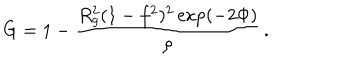
G = 1 - \frac { R _ { g } ^ { 2 } ( 1 - f ^ { 2 } ) ^ { 2 } \exp ( - 2 \Phi ) } { \rho } \, .